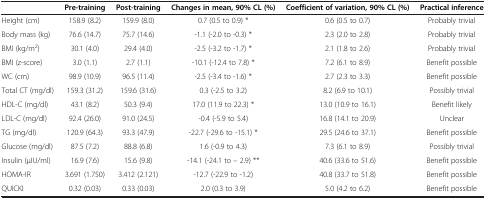
<table><thead><tr><td><b> </b></td><td><b>Pre-training</b></td><td><b>Post-training</b></td><td><b>Changes in mean, 90% CL (%)</b></td><td><b>Coefficient of variation, 90% CL (%)</b></td><td><b>Practical inference</b></td></tr></thead><tbody><tr><td>Height (cm)</td><td>158.9 (8.2)</td><td>159.9 (8.0)</td><td>0.7 (0.5 to 0.9) *</td><td>0.6 (0.5 to 0.7)</td><td>Probably trivial</td></tr><tr><td>Body mass (kg)</td><td>76.6 (14.7)</td><td>75.7 (14.6)</td><td>-1.1 (-2.0 to -0.3) *</td><td>2.3 (2.0 to 2.8)</td><td>Probably trivial</td></tr><tr><td>BMI (kg/m<sup>2</sup>)</td><td>30.1 (4.0)</td><td>29.4 (4.0)</td><td>-2.5 (-3.2 to -1.7) *</td><td>2.1 (1.8 to 2.6)</td><td>Probably trivial</td></tr><tr><td>BMI (z-score)</td><td>3.0 (1.1)</td><td>2.7 (1.1)</td><td>-10.1 (-12.4 to 7.8) *</td><td>7.2 (6.1 to 8.9)</td><td>Benefit possible</td></tr><tr><td>WC (cm)</td><td>98.9 (10.9)</td><td>96.5 (11.4)</td><td>-2.5 (-3.4 to -1.6) *</td><td>2.7 (2.3 to 3.3)</td><td>Benefit possible</td></tr><tr><td>Total CT (mg/dl)</td><td>159.3 (31.2)</td><td>159.6 (31.6)</td><td>0.3 (-2.5 to 3.2)</td><td>8.2 (6.9 to 10.1)</td><td>Possibly trivial</td></tr><tr><td>HDL-C (mg/dl)</td><td>43.1 (8.2)</td><td>50.3 (9.4)</td><td>17.0 (11.9 to 22.3) *</td><td>13.0 (10.9 to 16.1)</td><td>Benefit likely</td></tr><tr><td>LDL-C (mg/dl)</td><td>92.4 (26.0)</td><td>91.0 (24.5)</td><td>-0.4 (-5.9 to 5.4)</td><td>16.8 (14.1 to 20.9)</td><td>Unclear</td></tr><tr><td>TG (mg/dl)</td><td>120.9 (64.3)</td><td>93.3 (47.9)</td><td>-22.7 (-29.6 to -15.1) *</td><td>29.5 (24.6 to 37.1)</td><td>Benefit possible</td></tr><tr><td>Glucose (mg/dl)</td><td>87.5 (7.2)</td><td>88.8 (6.8)</td><td>1.6 (-0.9 to 4.3)</td><td>7.3 (6.1 to 8.9)</td><td>Possibly trivial</td></tr><tr><td>Insulin (μIU/ml)</td><td>16.9 (7.6)</td><td>15.6 (9.8)</td><td>-14.1 (-24.1 to – 2.9) **</td><td>40.6 (33.6 to 51.6)</td><td>Benefit possible</td></tr><tr><td>HOMA-IR</td><td>3.691 (1.750)</td><td>3.412 (2.121)</td><td>-12.7 (-22.9 to -1.2)</td><td>40.8 (33.7 to 51.8)</td><td>Benefit possible</td></tr><tr><td>QUICKI</td><td>0.32 (0.03)</td><td>0.33 (0.03)</td><td>2.0 (0.3 to 3.9)</td><td>5.0 (4.2 to 6.2)</td><td>Benefit possible</td></tr></tbody></table>